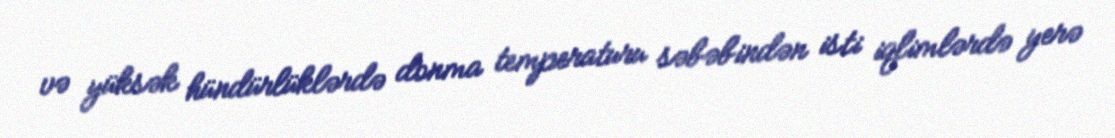
və yüksək hündürlüklərdə donma temperaturu səbəbindən isti iqlimlərdə yerə